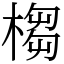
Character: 㮲